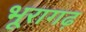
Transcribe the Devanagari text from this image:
भूरागढ़